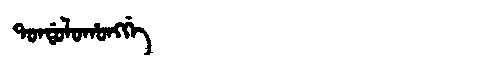
Manchu: ᡨᠣᠨᡩᠣᠯᠣᡥᠣᠩᡤᡝ
Romanization: TONDOLOHONGGE